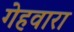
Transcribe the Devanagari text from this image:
गेहवारा